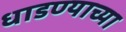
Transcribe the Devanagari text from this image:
धाडण्याच्या